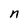
Character: n